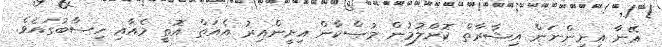
އޭނާ އިށީންނަން އިޝާރާތް ކޮށްލުމުން މުސްކާން އިށީންއިރު އެއަތް އޮތީ މެއާއި ހިސާބުގައެވެ.